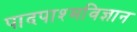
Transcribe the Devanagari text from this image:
पादपाश्मविज्ञान